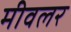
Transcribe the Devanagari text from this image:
मीवलर